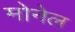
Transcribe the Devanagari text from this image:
मोनेल